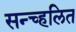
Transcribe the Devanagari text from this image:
सन्च्हलित